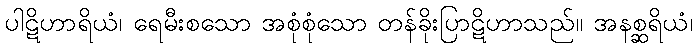
ပါဋိဟာရိယံ၊ ရေမီးစသော အစုံစုံသော တန်ခိုးပြာဋိဟာသည်။ အနစ္ဆရိယံ၊